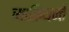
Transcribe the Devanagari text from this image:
व्याक्रियन्ते